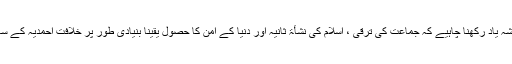
اس لیے آپ کو ہمیشہ یاد رکھنا چاہیے کہ جماعت کی ترقی ، اسلام کی نشأۃ ثانیہ اور دنیا کے امن کا حصول یقینا ًبنیادی طور پر خلافتِ احمدیہ کے ساتھ ہی جڑا ہوا ہے۔